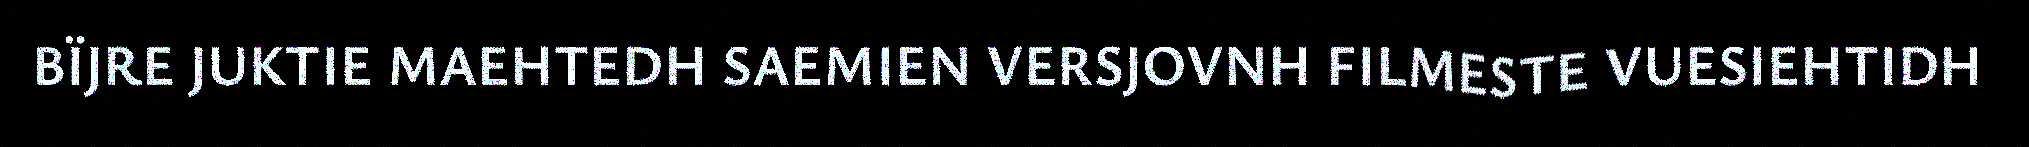
BÏJRE JUKTIE MAEHTEDH SAEMIEN VERSJOVNH FILMESTE VUESIEHTIDH